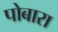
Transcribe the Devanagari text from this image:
पोबारा